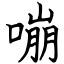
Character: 嘣